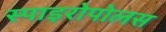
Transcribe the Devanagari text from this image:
स्पाइरोपोलस